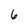
Character: 6